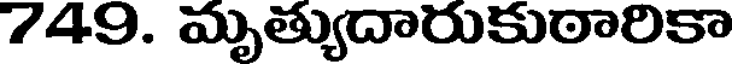
749. మృత్యుదారుకుఠారికా